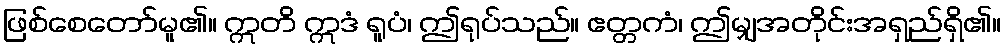
ဖြစ်စေတော်မူ၏။ ဣတိ ဣဒံ ရူပံ၊ ဤရုပ်သည်။ ဧတ္တကံ၊ ဤမျှအတိုင်းအရှည်ရှိ၏။